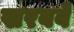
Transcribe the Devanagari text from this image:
खरबवे